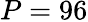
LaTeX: P=96